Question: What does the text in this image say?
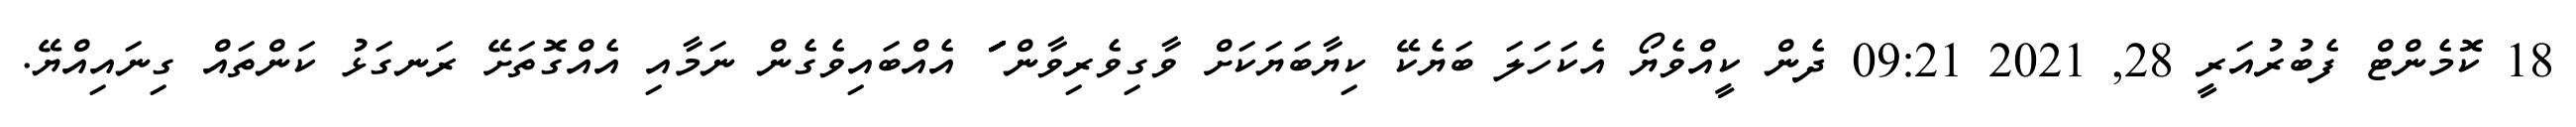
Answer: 18 ކޮމެންޓް ފެބުރުއަރީ 28, 2021 09:21 ދެން ކީއްވެޔޯ އެކަހަލަ ބަޔެކޭ ކިޔާބަޔަކަށް ވާގިވެރިވާން ަަަަަަަަަަަަަަަަަަަަަަަަަަަަަަަަަަަަަަަަަަަަަަަ އެއްބައިވެގެން ނަމާއި އެއްގޮތަށޭ ރަނގަޅު ކަންތައް ގިނައިއްޔޭ.